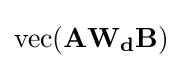
\operatorname {vec} (\mathbf {A} \mathbf {W_{d}} \mathbf {B} )